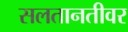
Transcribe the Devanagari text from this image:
सलतानतीवर